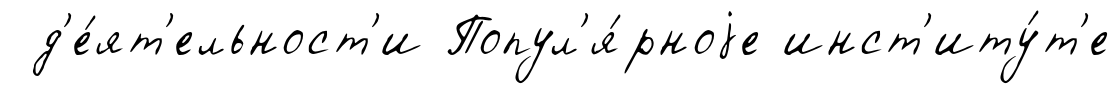
д'е́ят'ельност'и Попул'я́рноjе инст'иту́т'е